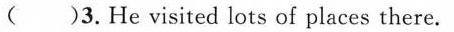
( )3.He visited lots of places there.